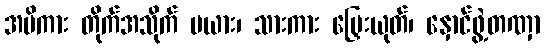
အမိကား တိုက်အသိုက် မယား၊ သားကား မြှေးယုတ်၊ နှောင်ဖွဲ့တဏှာ